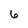
Character: 6